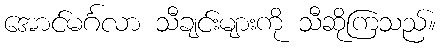
အောင်မင်္ဂလာ သီချင်းများကို သီဆိုကြသည်။